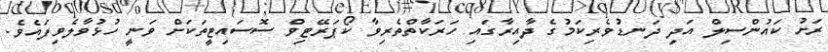
ރަށު ކައުންސިލް އަދި ދަނޑުވެރިކަމުގެ ދާއިރާގައި ހަރަކާތްތެރިވާ ކޯޕަރޭޓިވް ސޮސައިޓީތަކަށް ވަނީ ހުޅުވާލެވިފައެވެ.